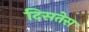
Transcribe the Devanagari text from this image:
दिसतेस